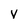
Character: V